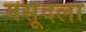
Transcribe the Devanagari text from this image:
मसूदला